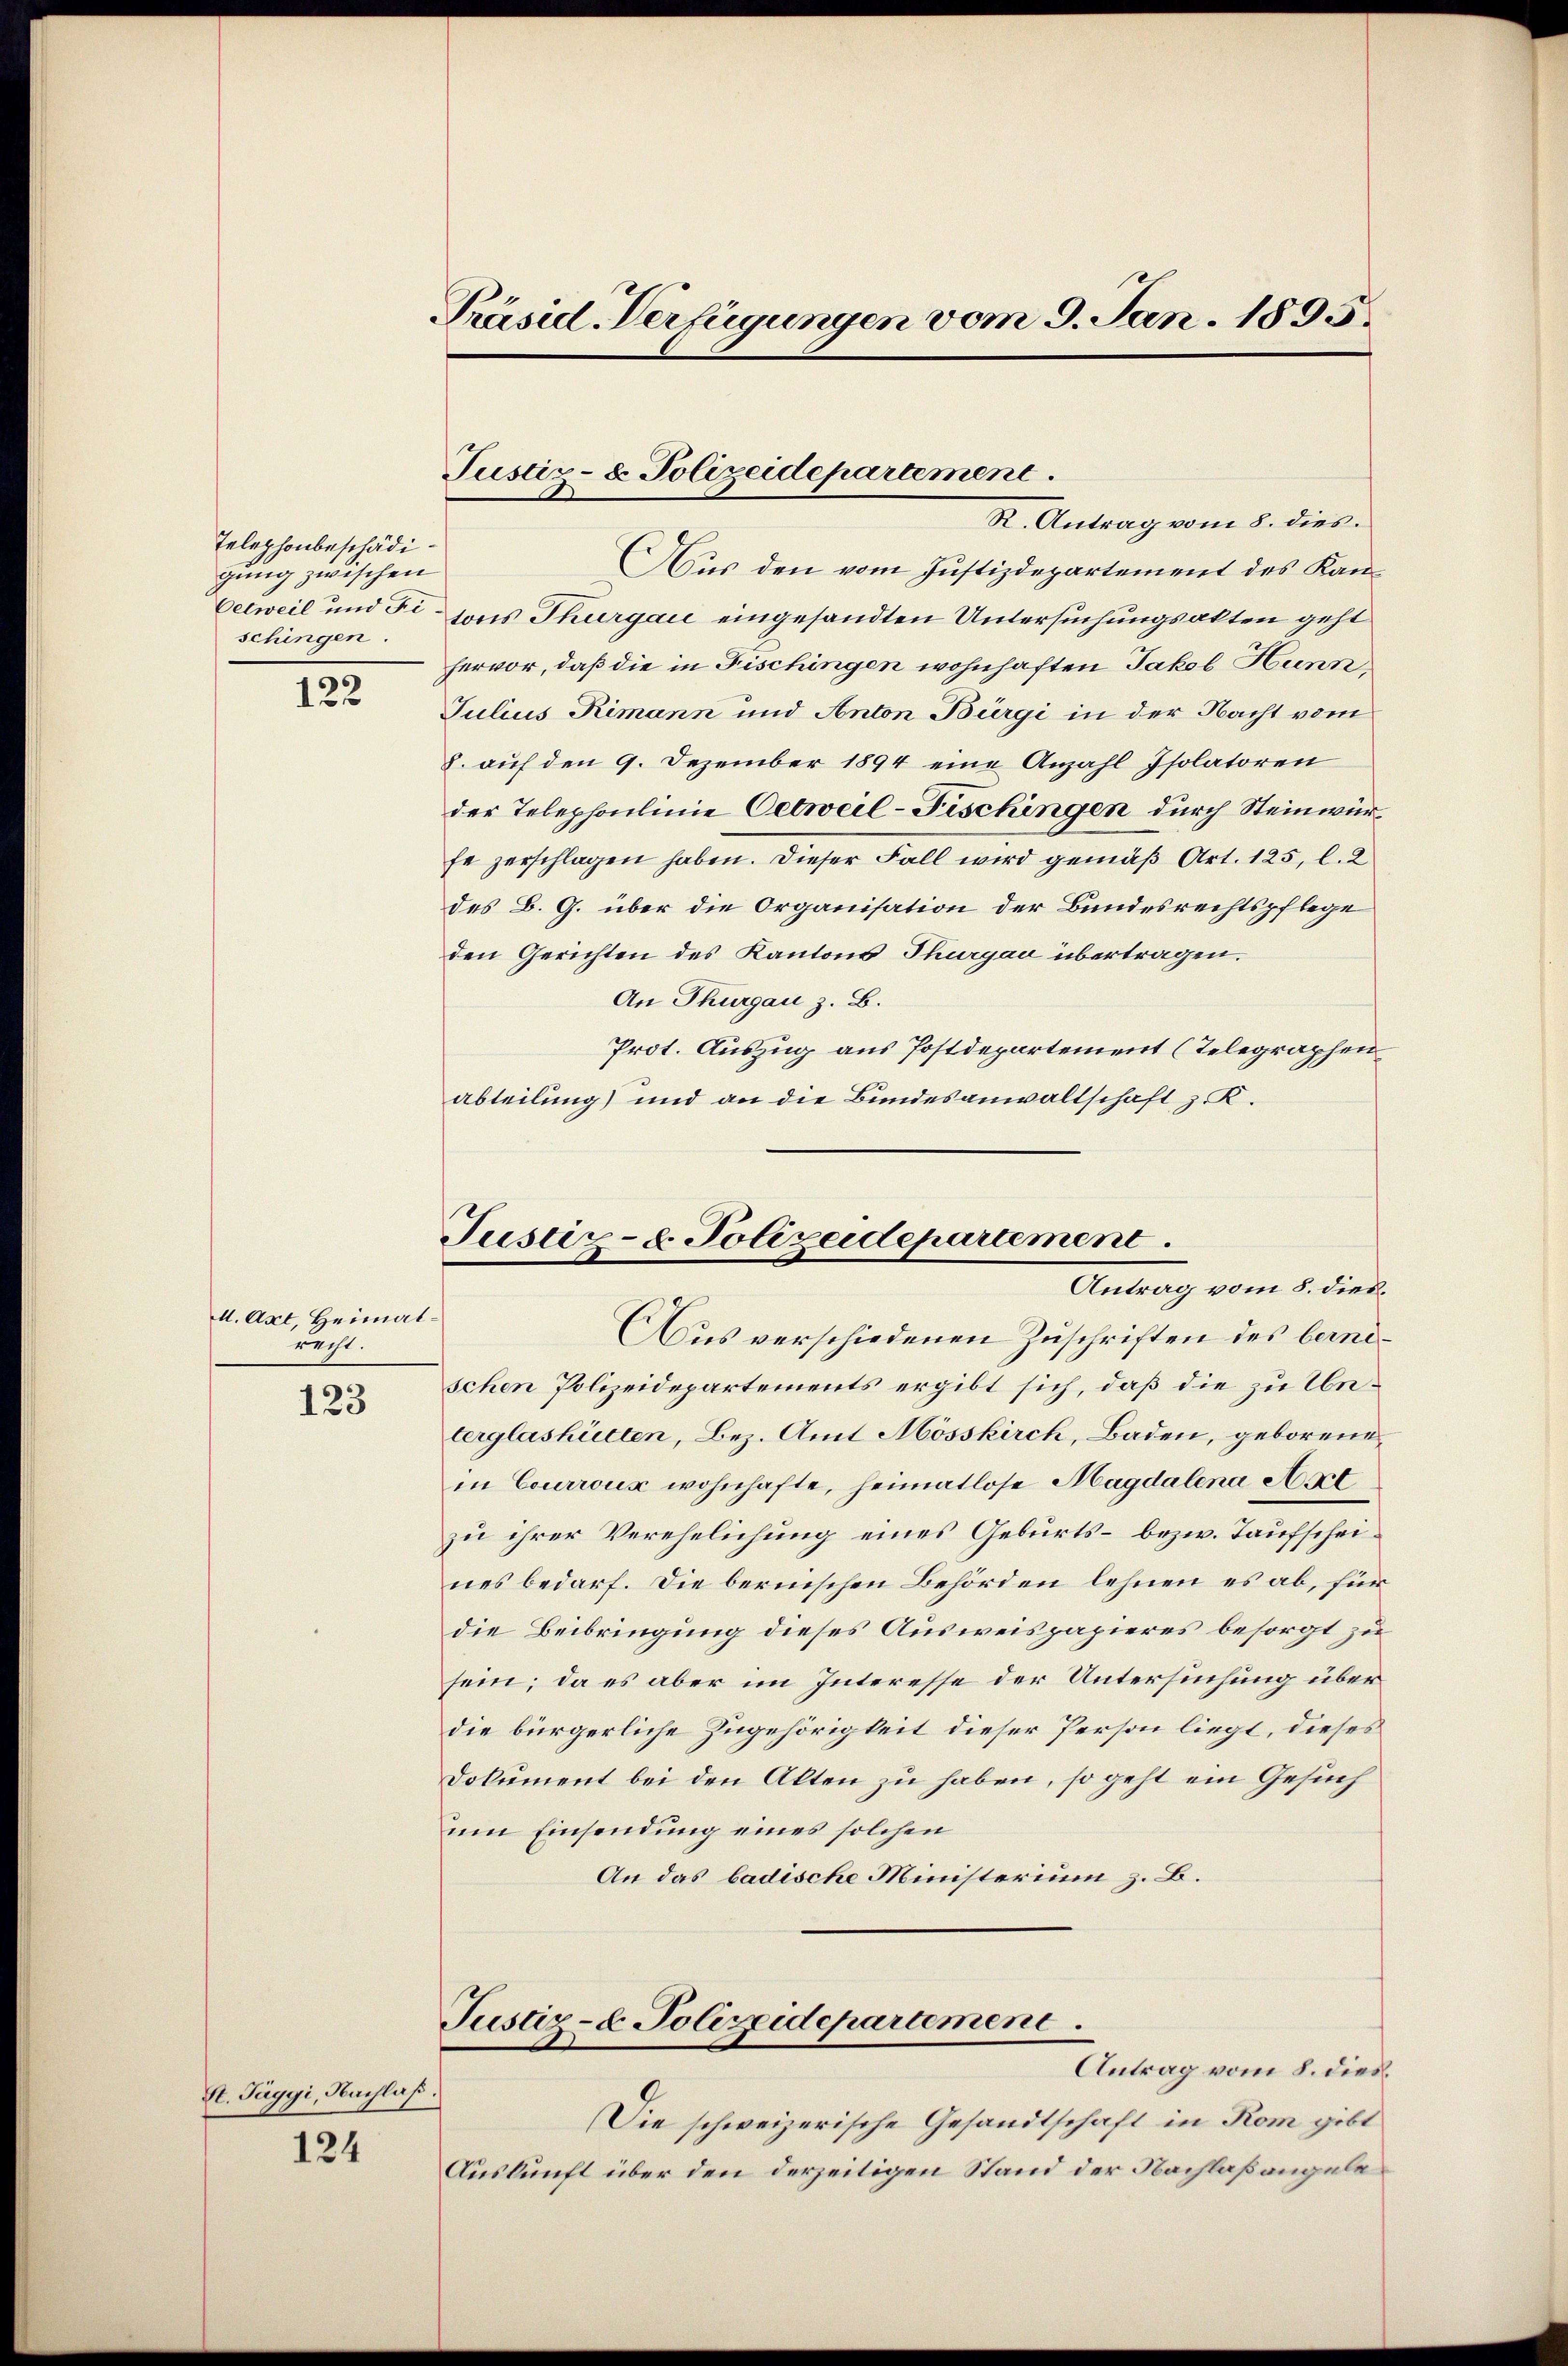
Telephonbeschädigung zwischen
situngen.

122

M. Axt, Heimatracht.

123

St. Paggi, Nachlaß.

124

Präsid. Verfügungen vom 9. Jan. 1895.

Pustiz- & Polizeidepartement.
R. Antrag vom 8. dies

Aus den vom Justizdepartement des Kan¬
Oetweil und Fi hons Thurgau eingesandten Untersuchungsakten geht
hervor, daß die in Fischingen wohnhaften Jakob Hunn
Julius Rimann und Anton Bürgi in der Nacht vom
8. auf den 9. Dezember 1894 eine Anzahl Isolatoren
der Telephoulinie Oetweil-Fischingen durch Steinwürfe zerschlagen haben. Dieser Fall wird gemäß Art. 125, l. 2
des B. G. über die Organisation der Bundesrechtspflege
den Gerichten des Kantons Thurgau übertragen.
An Thurgau z. B.
Prot. Auszug aus Postdepartement (Telegraphen
Abteilung) und an die Bundesanwaltschaft z. K.

Justiz- & Polizeidepartement.
Antrag vom 8. dies

Aus verschiedenen Zuschriften des bernischen Polizeidepartements ergibt sich, daß die zu Unterglashütten, Bez. Amt Mösskirch, Baden, geborenein Courroux wohnhafte, heimatlose Magdalena Art
zu ihrer Verehelichung eines Geburts- bezw. Taufscheines bedarf. Die bernischen Behörden lehnen es ab, für
die Beibringung dieses Ausweispapieres besorgt zu
sein; da es aber im Interesse der Untersuchung überdie bürgerliche Zugehörigkeit dieser Person liegt, dieses
Dokument bei den Alten zu haben, so geht ein Gesuch
um Einsendung eines solchen
An das badische Ministerium z. B.

Justiz- & Polizeidepartement.
Antrag vom 8. dies

Die schweizerische Gesandtschaft in Rom gibt
Auskunft über den derzeitigen Stand der Nachlaßangele¬